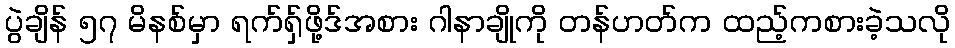
ပွဲချိန် ၅၇ မိနစ်မှာ ရက်ရှ်ဖို့ဒ်အစား ဂါနာချိုကို တန်ဟတ်က ထည့်ကစားခဲ့သလို